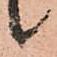
候